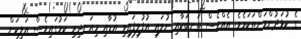
ގެ ކުޅަދުންވަންތަކަމެވެ. އެއްވެސް ތަނބަކާއި ނުލައި އުފުލިފައިވި އުޑާއި މިއަނދިރި ކަމުގައިވެސް އަލިކަން